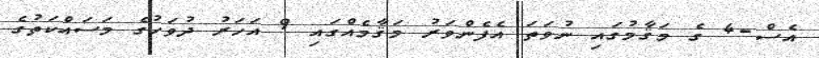
އެސް-4 ގެ މަޤާމުގައި ނުވަތަ އެފެންވަރު މަޤާމެއްގައި 9 އަހަރު ދުވަހުގެ މަސައްކަތުގެ